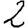
Digit: 2